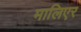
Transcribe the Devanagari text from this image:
मालिएर